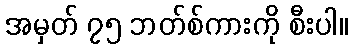
အမှတ် ၇၅ ဘတ်စ်ကားကို စီးပါ။